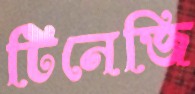
টিনেজি